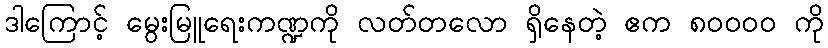
ဒါကြောင့် မွေးမြူရေးကဏ္ဍကို လတ်တလော ရှိနေတဲ့ ဧက ၈၀၀၀၀ ကို